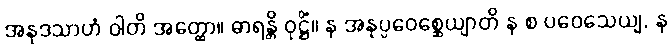
အနုဒသာဟံ ဝါတိ အတ္ထော။ ဓာရန္တိ ဝုဋ္ဌိံ။ န အနုပ္ပဝေစ္ဆေယျာတိ န စ ပဝေသေယျ, န